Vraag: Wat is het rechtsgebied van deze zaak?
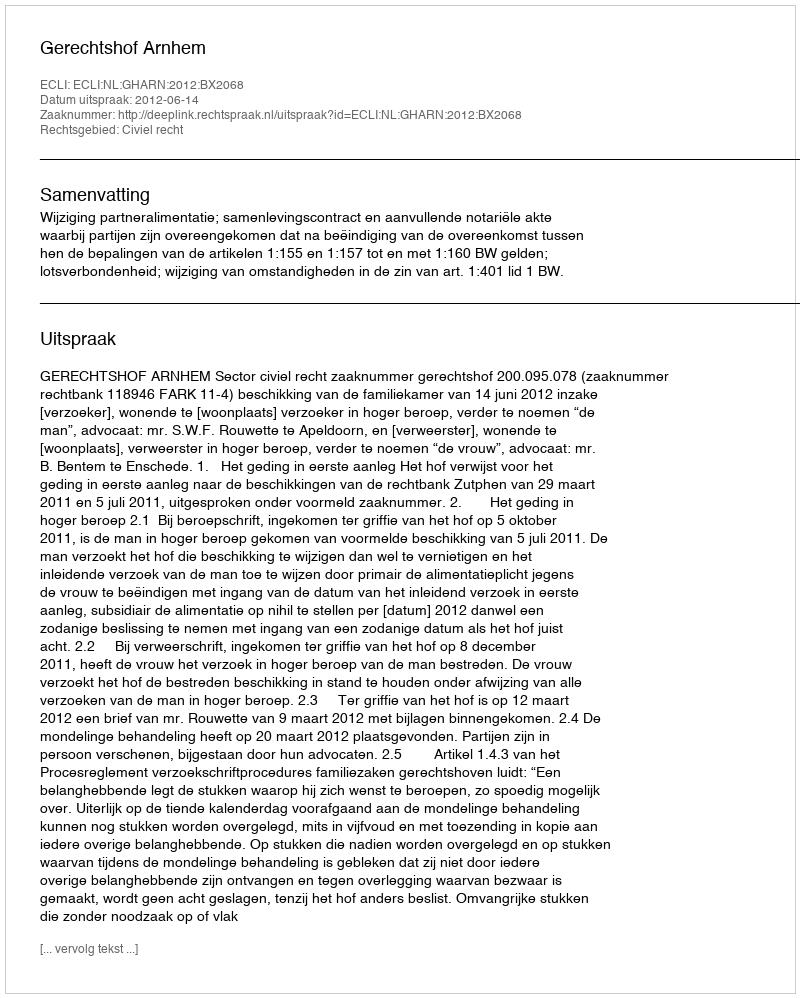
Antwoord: Civiel recht